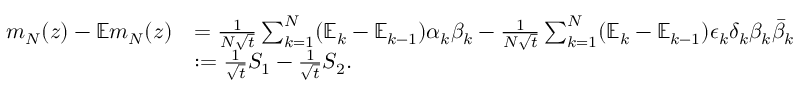
\begin{array} { r l } { m _ { N } ( z ) - \mathbb { E } m _ { N } ( z ) } & { = \frac { 1 } { N \sqrt { t } } \sum _ { k = 1 } ^ { N } ( \mathbb { E } _ { k } - \mathbb { E } _ { k - 1 } ) \alpha _ { k } \beta _ { k } - \frac { 1 } { N \sqrt { t } } \sum _ { k = 1 } ^ { N } ( \mathbb { E } _ { k } - \mathbb { E } _ { k - 1 } ) \epsilon _ { k } \delta _ { k } \beta _ { k } \bar { \beta } _ { k } } \\ & { : = \frac { 1 } { \sqrt { t } } S _ { 1 } - \frac { 1 } { \sqrt { t } } S _ { 2 } . } \end{array}